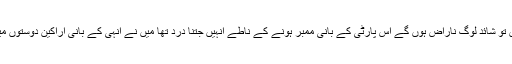
سچ لکھوں تو شائد لوگ ناراض ہوں گے اس پارٹی کے بانی ممبر ہونے کے ناطے انہیں جتنا درد تھا میں نے انہی کے بانی اراکین دوستوں میں دیکھا ۔